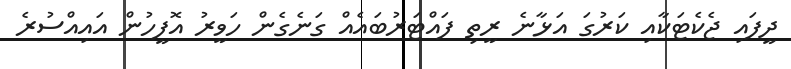
ދީފައި ޖެކެޓަކާއި ކަރުގަ އަޅާނެ ރީތި ފައްޓަރުބައެއް ގަނެގެން ހަވީރު އޮފީހުން އައިއްސުރެ